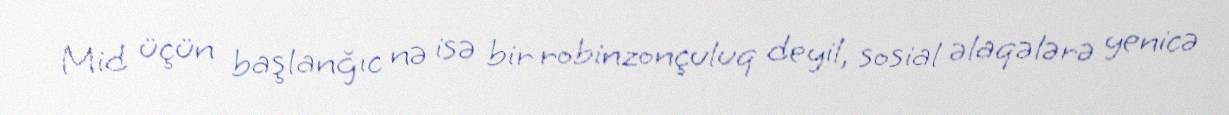
Mid üçün başlanğıc nə isə bir robinzonçuluq deyil, sosial əlaqələrə yenicə